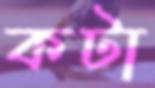
কটা